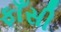
ફાઁસી